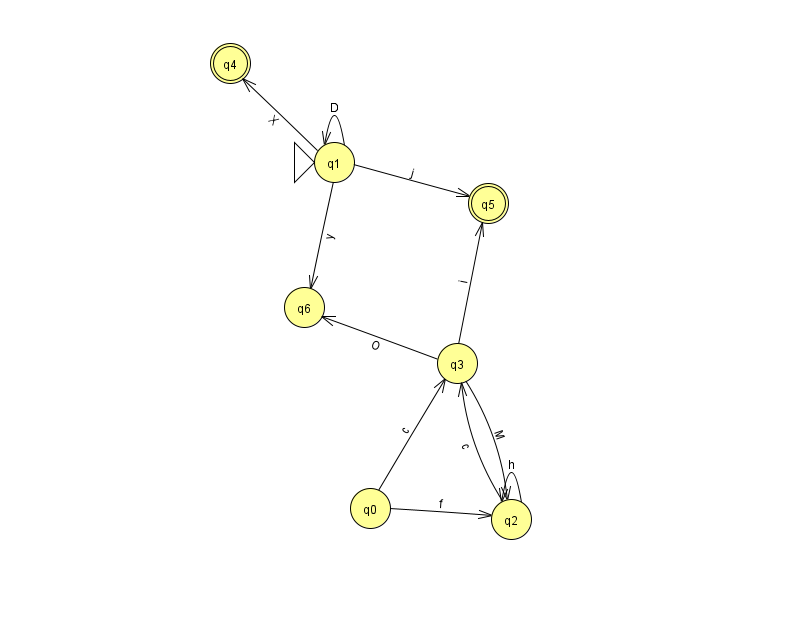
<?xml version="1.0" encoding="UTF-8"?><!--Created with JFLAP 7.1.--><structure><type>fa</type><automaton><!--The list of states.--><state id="0" name="q0"><x>370.0</x><y>495.0</y></state><state id="1" name="q1"><x>334.0</x><y>149.0</y><initial/></state><state id="2" name="q2"><x>511.0</x><y>506.0</y></state><state id="3" name="q3"><x>457.0</x><y>350.0</y></state><state id="4" name="q4"><x>230.0</x><y>50.0</y><final/></state><state id="5" name="q5"><x>488.0</x><y>190.0</y><final/></state><state id="6" name="q6"><x>304.0</x><y>294.0</y></state><!--The list of transitions.--><transition><from>1</from><to>4</to><read>X</read></transition><transition><from>3</from><to>5</to><read>i</read></transition><transition><from>1</from><to>1</to><read>D</read></transition><transition><from>2</from><to>3</to><read>c</read></transition><transition><from>1</from><to>6</to><read>y</read></transition><transition><from>2</from><to>2</to><read>h</read></transition><transition><from>3</from><to>2</to><read>M</read></transition><transition><from>0</from><to>2</to><read>f</read></transition><transition><from>0</from><to>3</to><read>c</read></transition><transition><from>1</from><to>5</to><read>j</read></transition><transition><from>3</from><to>6</to><read>O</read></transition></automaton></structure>